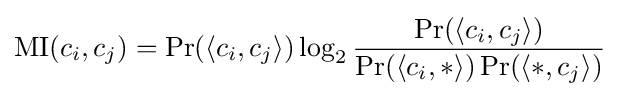
\operatorname {MI} (c_{i},c_{j})=\Pr(\langle c_{i},c_{j}\rangle )\log _{2}{\frac {\Pr(\langle c_{i},c_{j}\rangle )}{\Pr(\langle c_{i},*\rangle )\Pr(\langle *,c_{j}\rangle )}}